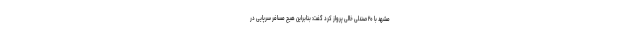
مشهد با ۲۰ صندلی خالی پرواز کرد گفت: بنابراین هیچ مسافر سرپایی در